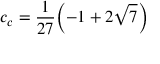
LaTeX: c _ { c } = \frac { 1 } { 2 7 } { \left( - 1 + 2 \sqrt { 7 } \right) }